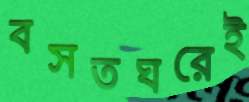
বসতঘরেই